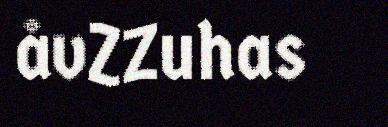
åvZZuhas